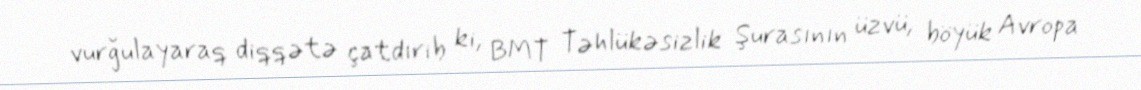
vurğulayaraq diqqətə çatdırıb ki, BMT Təhlükəsizlik Şurasının üzvü, böyük Avropa